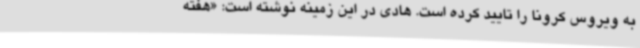
به ویروس کرونا را تایید کرده است. هادی در این زمینه نوشته است: «هفته